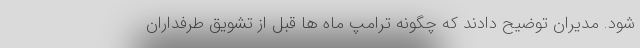
شود. مدیران توضیح دادند که چگونه ترامپ ماه ها قبل از تشویق طرفداران